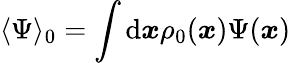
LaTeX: \langle\Psi\rangle_{0}=\int\mathrm{d}\boldsymbol{x}\rho_{0}(\boldsymbol{x})\Psi(\boldsymbol{x})